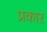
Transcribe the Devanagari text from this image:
प्रकाऱ